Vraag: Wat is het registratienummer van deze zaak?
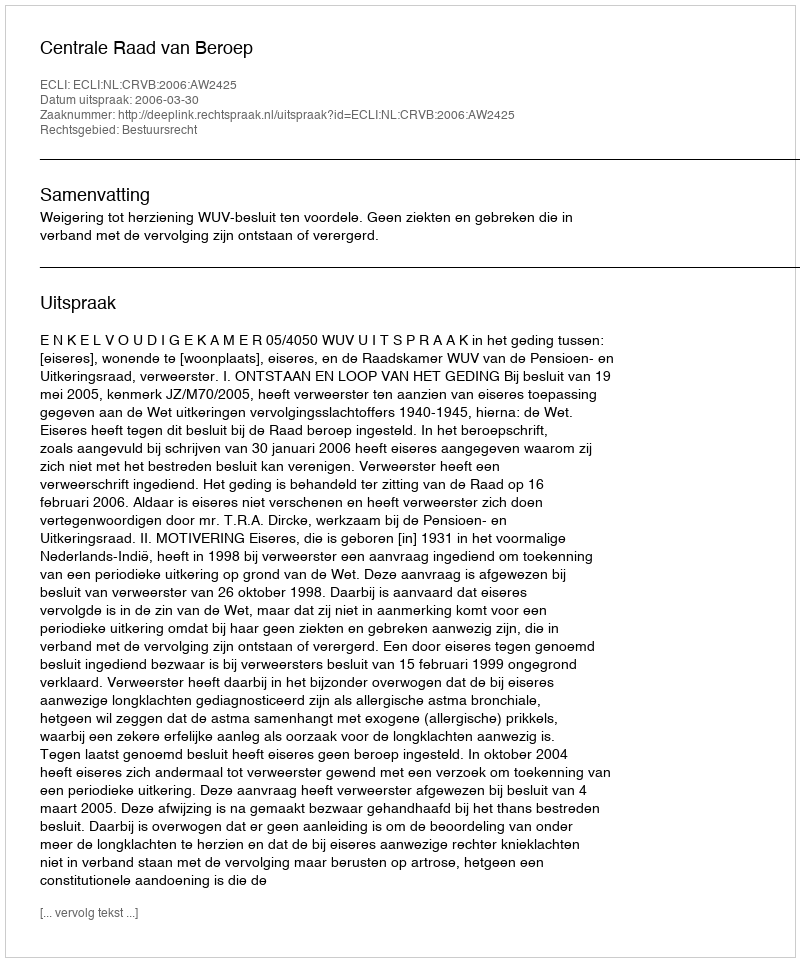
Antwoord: http://deeplink.rechtspraak.nl/uitspraak?id=ECLI:NL:CRVB:2006:AW2425